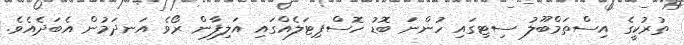
ތުރުކީގެ އިސްތަމްބޫލު ސިޓިގައި ހުންނަ ބޮޑު ހޮސްޕިޓަލެއްގައި އަލިފާން ރޯވެ އަނދަމުން އެބަދެއެވެ.